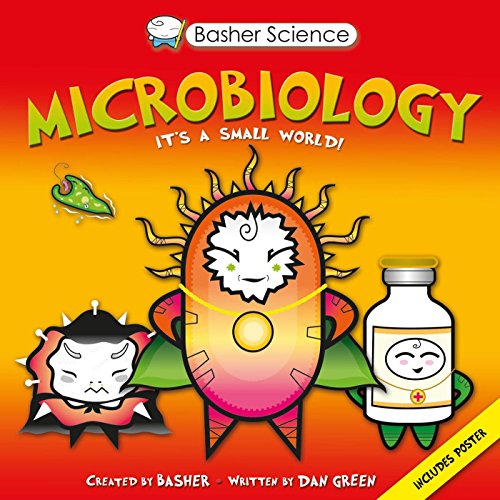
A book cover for Basher Science: Microbiology; Simon Basher; Children's Books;